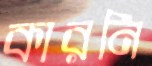
কারনি